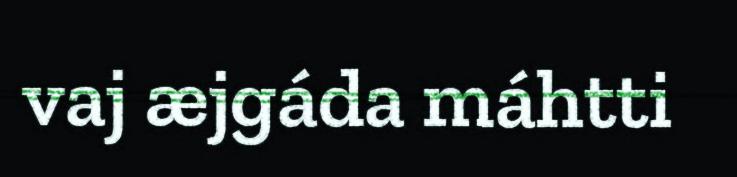
vaj æjgáda máhtti